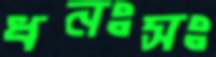
ধনঃসঃ